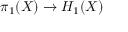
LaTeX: \pi _ { 1 } ( X ) \to H _ { 1 } ( X )